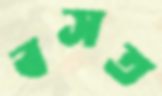
বসত